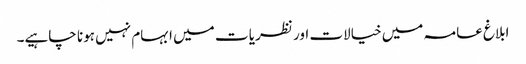
ابلاغ عامہ میں خیالات اور نظریا ت میں ابہام نہیں ہونا چاہیے۔